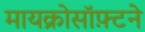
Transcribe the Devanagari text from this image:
मायक्रोसॉफ़्टने